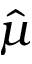
\hat { \mu }